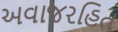
અવાજરહિત